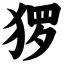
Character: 猡